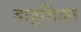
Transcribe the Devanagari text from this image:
बाबुशिवन